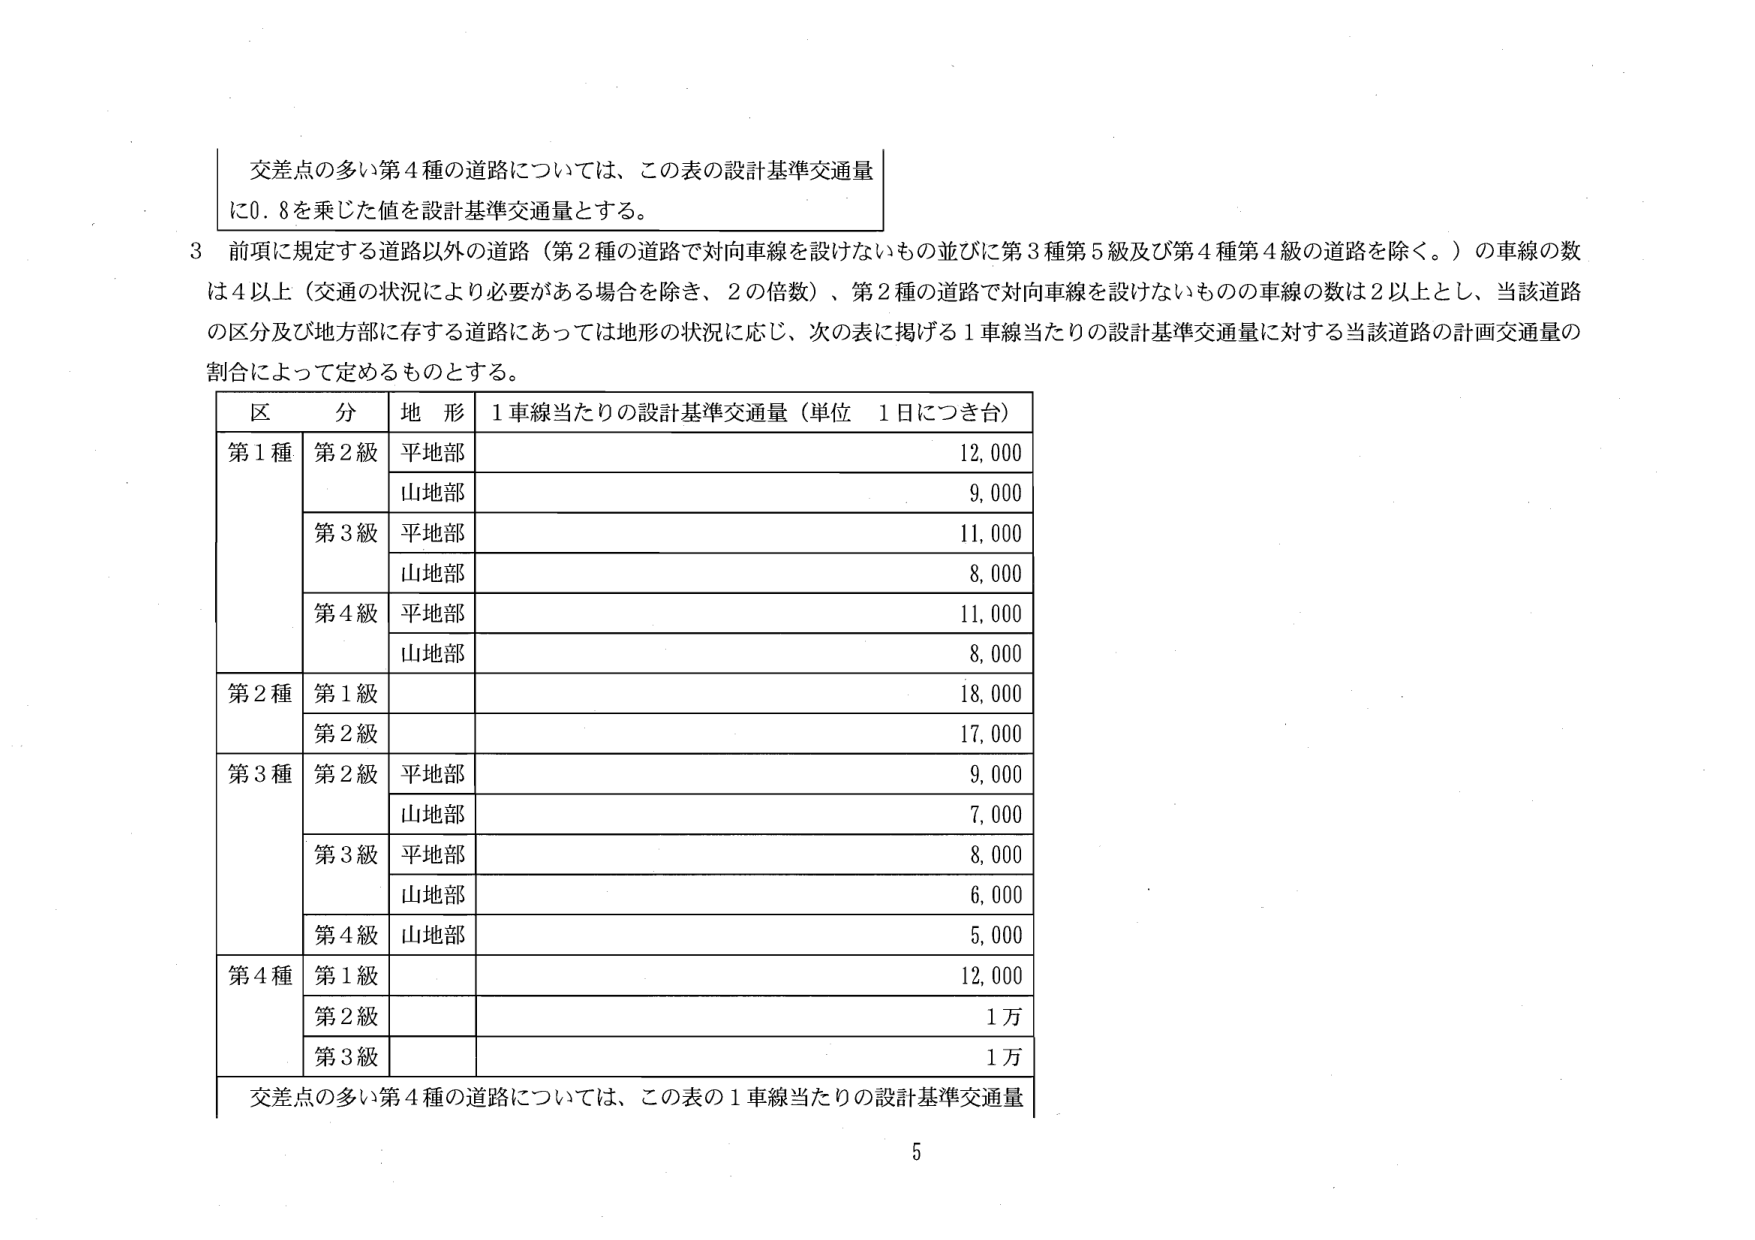
交差点の多い第４種の道路については、この表の設計基準交通量に0.8を乗じた値を設計基準交通量とする。

3 前項に規定する道路以外の道路（第2種の道路で対向車線を設けないもの並びに第3種第5級及び第4種第4級の道路を除く。）の車線の数は4以上（交通の状況により必要がある場合を除き、2の倍数）、第2種の道路で対向車線を設けないものの車線の数は2以上とし、当該道路の区分及び地方部に存する道路にあっては地形の状況に応じ、次の表に掲げる1車線当たりの設計基準交通量に対する当該道路の計画交通量の割合によって定めるものとする。

区 分 地 形 1車線当たりの設計基準交通量（単位 1日につき台）
第1種 第2級 平地部 12,000
山地部 9,000
第3級 平地部 11,000
山地部 8,000
第4級 平地部 11,000
山地部 8,000
第2種 第1級 18,000
第2級 17,000
第3種 第2級 平地部 9,000
山地部 7,000
第3級 平地部 8,000
山地部 6,000
第4級 山地部 5,000
第4種 第1級 12,000
第2級 1万
第3級 1万
交差点の多い第4種の道路については、この表の1車線当たりの設計基準交通量

5